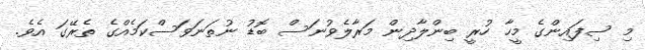
މި ސިފައިންގެ މީހާ ހުރީ ބިންލާދިން މަރާލެވުނަސް ބޮޑު ނުތަނަވަސްކަމެއްގެ ތެރޭގަ އެވެ.